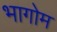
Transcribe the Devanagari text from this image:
भागोम